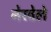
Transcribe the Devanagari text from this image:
नेरवेले